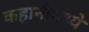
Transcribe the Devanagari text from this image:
कहानीमध्ये